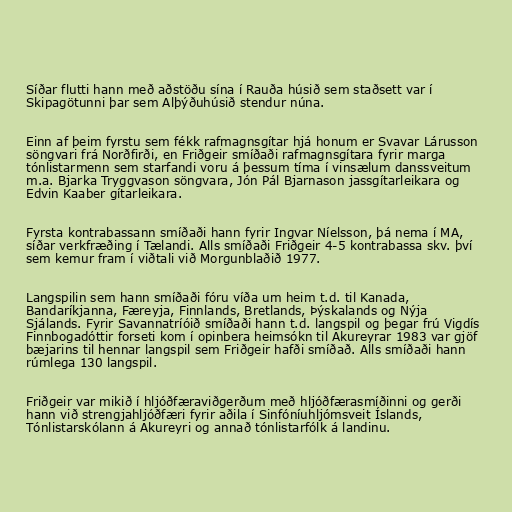
Síðar flutti hann með aðstöðu sína í Rauða húsið sem staðsett var í
Skipagötunni þar sem Alþýðuhúsið stendur núna.

Einn af þeim fyrstu sem fékk rafmagnsgítar hjá honum er Svavar Lárusson
söngvari frá Norðfirði, en Friðgeir smíðaði rafmagnsgítara fyrir marga
tónlistarmenn sem starfandi voru á þessum tíma í vinsælum danssveitum
m.a. Bjarka Tryggvason söngvara, Jón Pál Bjarnason jassgítarleikara og
Edvin Kaaber gítarleikara.

Fyrsta kontrabassann smíðaði hann fyrir Ingvar Níelsson, þá nema í MA,
síðar verkfræðing í Tælandi. Alls smíðaði Friðgeir 4-5 kontrabassa skv. því
sem kemur fram í viðtali við Morgunblaðið 1977.

Langspilin sem hann smíðaði fóru víða um heim t.d. til Kanada,
Bandaríkjanna, Færeyja, Finnlands, Bretlands, Þýskalands og Nýja
Sjálands. Fyrir Savannatríóið smíðaði hann t.d. langspil og þegar frú Vigdís
Finnbogadóttir forseti kom í opinbera heimsókn til Akureyrar 1983 var gjöf
bæjarins til hennar langspil sem Friðgeir hafði smíðað. Alls smíðaði hann
rúmlega 130 langspil.

Friðgeir var mikið í hljóðfæraviðgerðum með hljóðfærasmíðinni og gerði
hann við strengjahljóðfæri fyrir aðila í Sinfóníuhljómsveit Íslands,
Tónlistarskólann á Akureyri og annað tónlistarfólk á landinu.